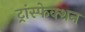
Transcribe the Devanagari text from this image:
ट्रांस्फेक्शन